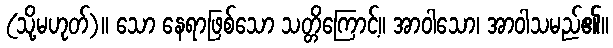
(သို့မဟုတ်)။ သော နေရာဖြစ်သော သတ္တိကြောင့်။ အာဝါသော၊ အာဝါသမည်၏။